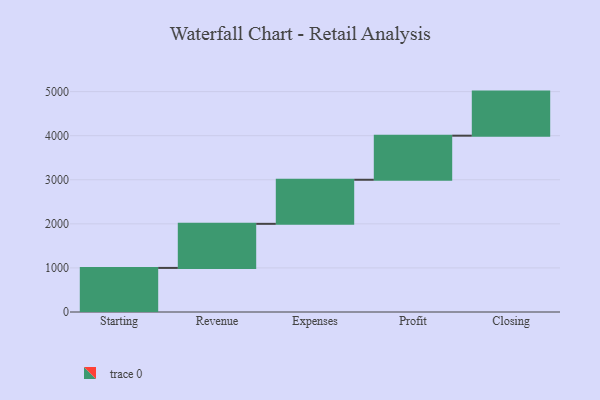
{"axis": {"x": "Step", "y": "Value"}, "legend": [""], "data": [{"x": "Starting", "y": 1000, "type": ""}, {"x": "Revenue", "y": 1000, "type": ""}, {"x": "Expenses", "y": 1000, "type": ""}, {"x": "Profit", "y": 1000, "type": ""}, {"x": "Closing", "y": 1000, "type": ""}]}